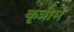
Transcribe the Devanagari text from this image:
कृत्रीम